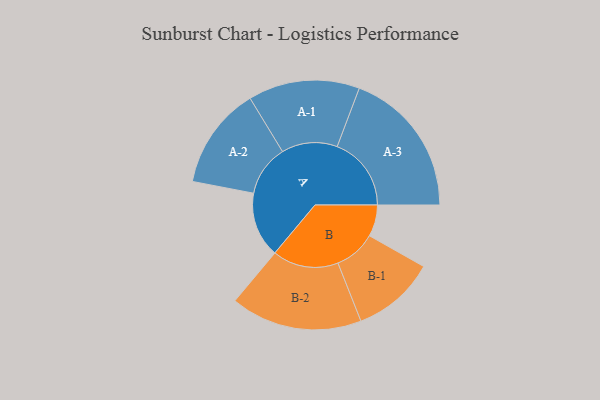
{"axis": {"x": "Segment", "y": "Value"}, "legend": ["", "A", "B"], "data": [{"x": "A", "y": 213, "type": ""}, {"x": "B", "y": 103, "type": ""}, {"x": "A-1", "y": 182, "type": "A"}, {"x": "A-2", "y": 167, "type": "A"}, {"x": "A-3", "y": 242, "type": "A"}, {"x": "B-1", "y": 136, "type": "B"}, {"x": "B-2", "y": 215, "type": "B"}]}